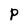
Character: P